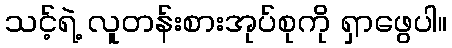
သင့်ရဲ့ လူတန်းစားအုပ်စုကို ရှာဖွေပါ။